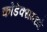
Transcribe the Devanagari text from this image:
कोडेक्समध्ये